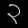
Digit: ၃